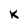
Character: k